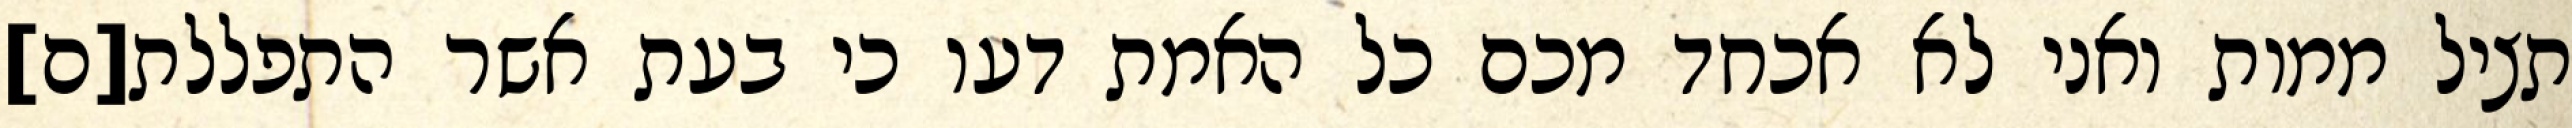
תציל ממות ואני לא אכחד מכם כל האמת דעו כי בעת אשר התפללת[ם]